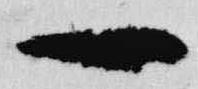
一